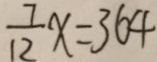
\frac { 7 } { 1 2 } x = 3 6 4